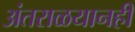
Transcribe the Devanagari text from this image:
अंतराळयानही